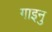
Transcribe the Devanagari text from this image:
गाइनु